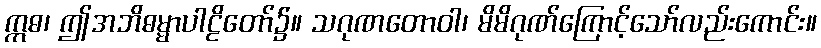
ဣဓ၊ ဤအဘိဓမ္မာပါဠိတော်၌။ သဂုဏတောဝါ၊ မိမိဂုဏ်ကြောင့်သော်လည်းကောင်း။